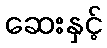
ဆေးနှင့်